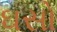
ઘસો